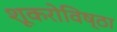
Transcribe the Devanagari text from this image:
शूकरोविष्ठा